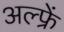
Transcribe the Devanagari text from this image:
अल्फ्रें